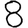
Digit: 8